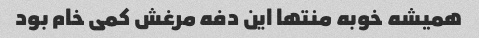
همیشه خوبه منتها این دفه مرغش کمی خام بود